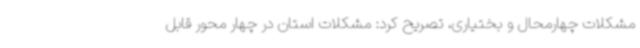
مشکلات چهارمحال و بختیاری، تصریح کرد: مشکلات استان در چهار محور قابل